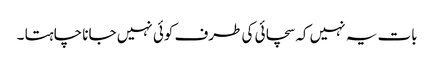
بات یہ نہیں کہ سچائی کی طرف کوئی نہیں جانا چاہتا ۔